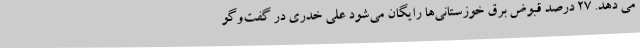
می دهد. 27 درصد قبوض برق خوزستانی‌ها رایگان می‌شود علی خدری در گفت‌وگو